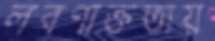
লবণাক্ততায়